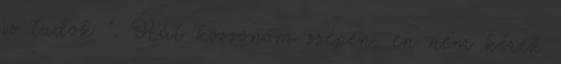
is tudok ”. Hát köszönöm szépen, én nem kérek